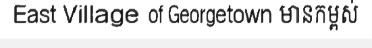
East Village of Georgetown មានកម្ពស់